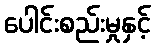
ပေါင်းစည်းမှုနှင့်